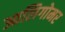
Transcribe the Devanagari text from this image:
आलिगोमर